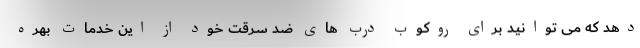
دهد که می توانید برای روکوب درب های ضد سرقت خود از این خدمات بهره